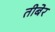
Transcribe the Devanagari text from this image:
तीबेर